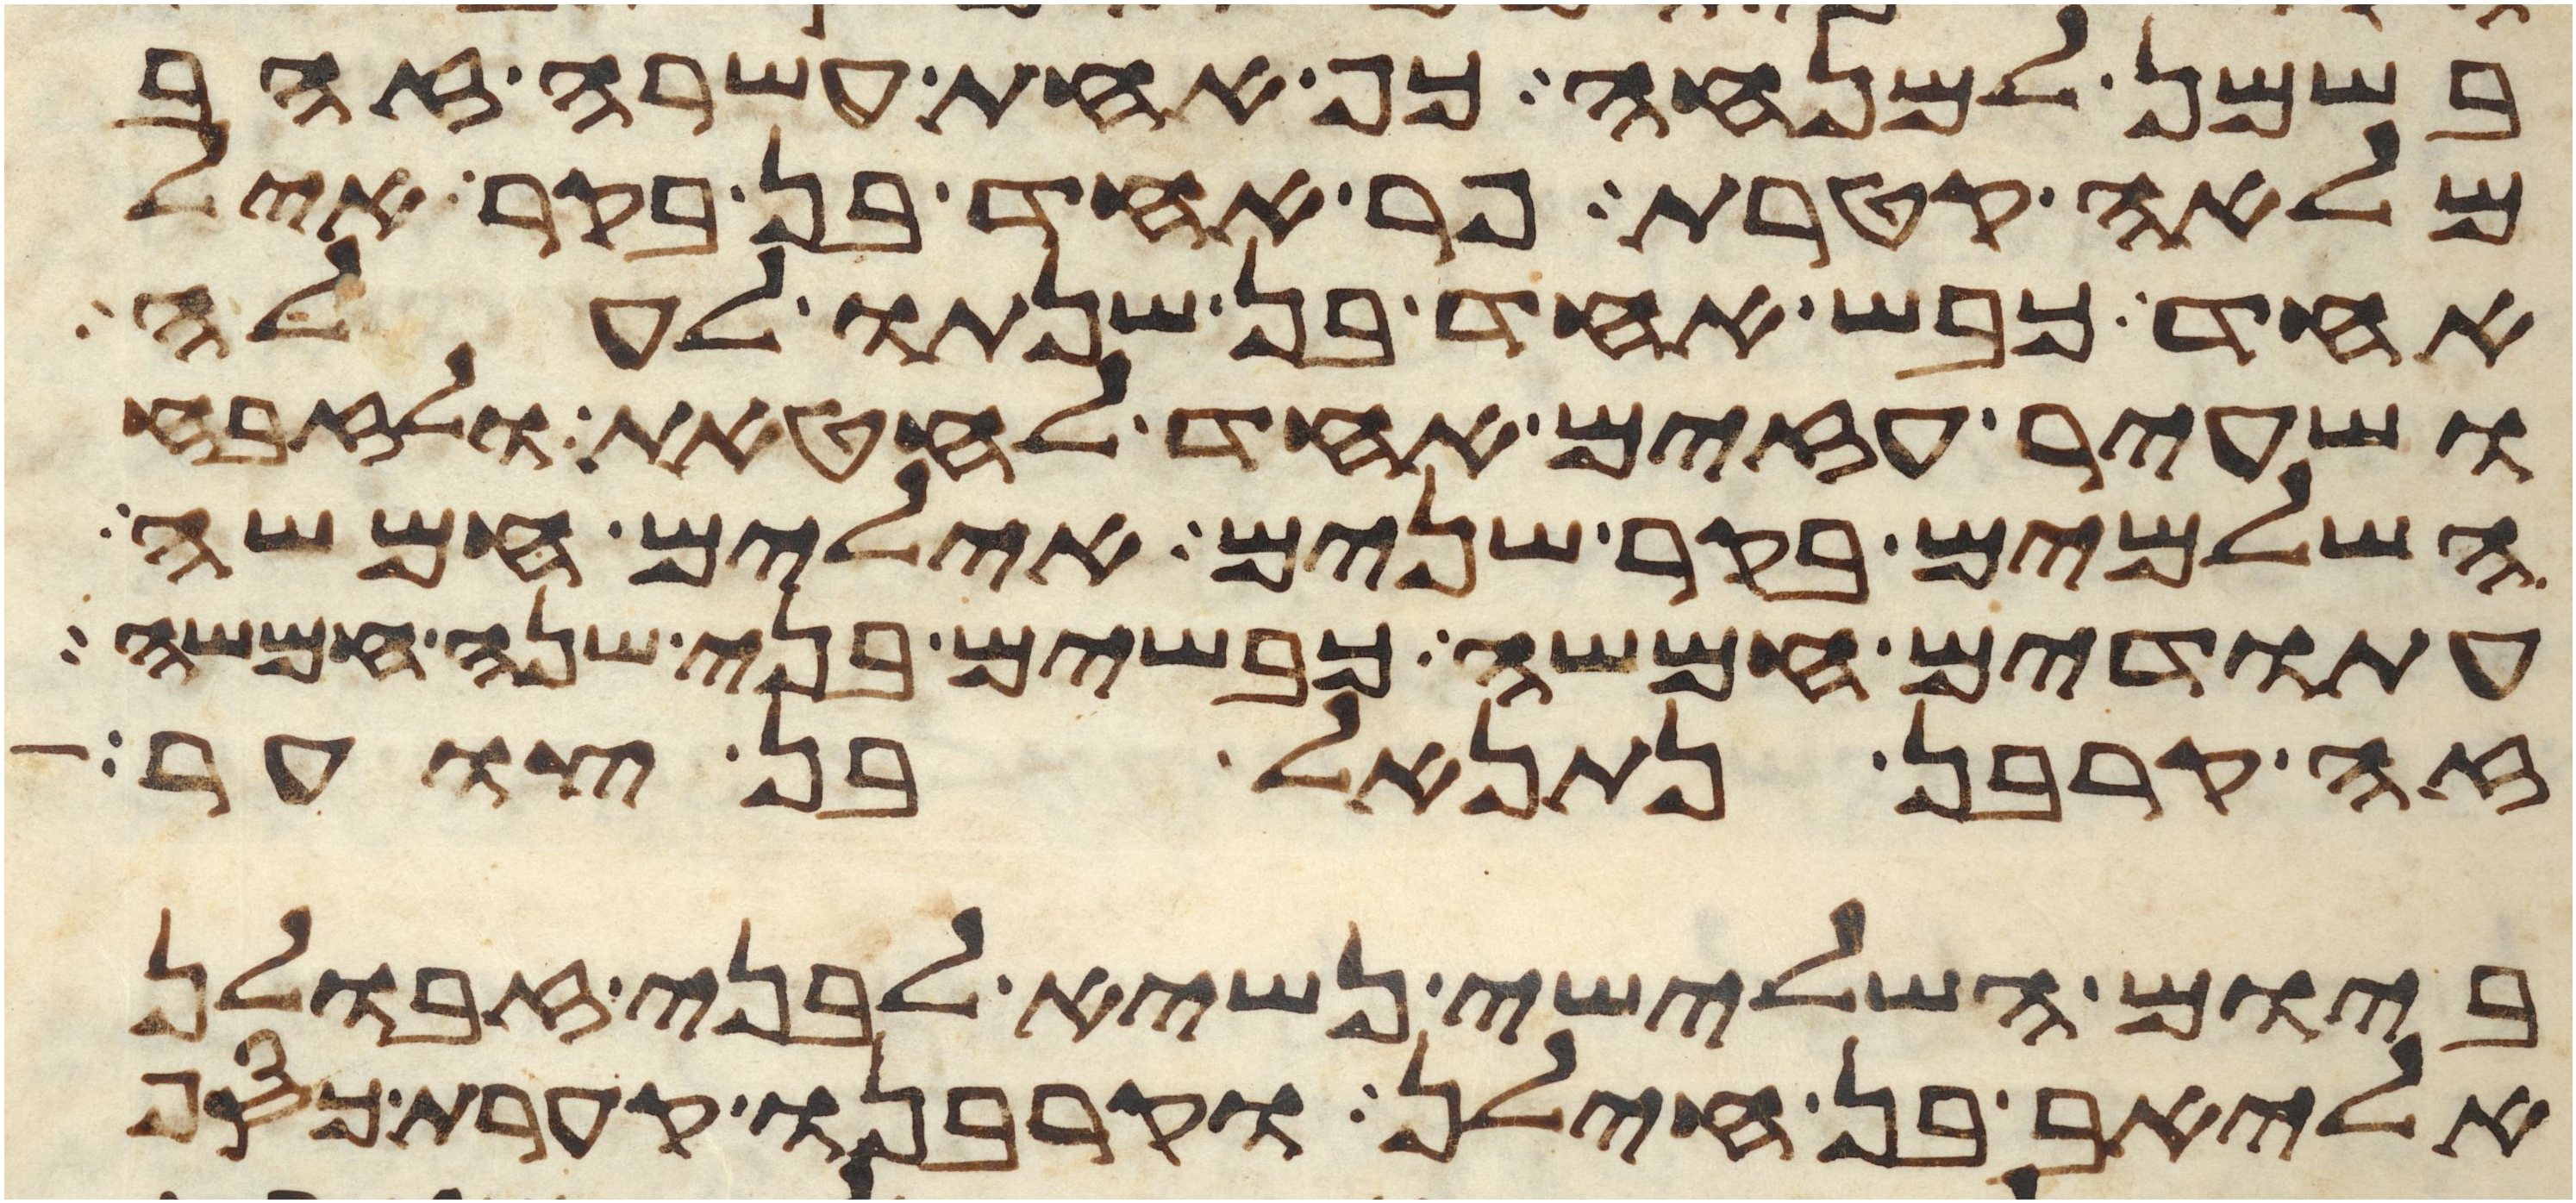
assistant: בשמן למנחה כף אחת עשרה זהב
מלאה קטרת פר אחד בן בקר איל
אחד כבש אחד בן שנתו לעלה
ושעיר עזים אחד לחטאת ולזבח
השלמים בקר שנים אילים חמשה
עתודים חמשה כבשים בני שנה חמשה
זה קרבן נתנאל בן צוער
ביום השלישי נשיא לבני זבולן
אליאב בן חילן וקרבנו קערת כסף